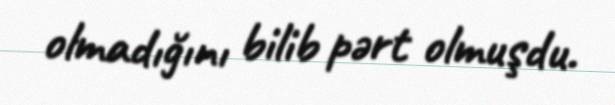
olmadığını bilib pərt olmuşdu.